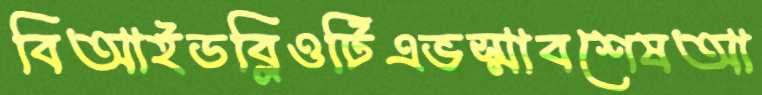
বিআইডব্লিওটিএভস্মাবশেষআ